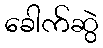
ခေါက်ဆွဲ